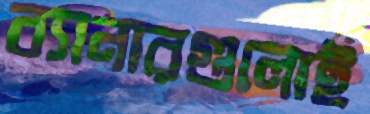
ব্যানারগুলোই